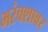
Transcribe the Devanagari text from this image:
भरंवशावर